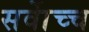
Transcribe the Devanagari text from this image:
सर्वाेच्च